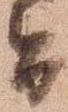
旨